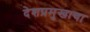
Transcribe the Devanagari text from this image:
देशप्रमुखाचा